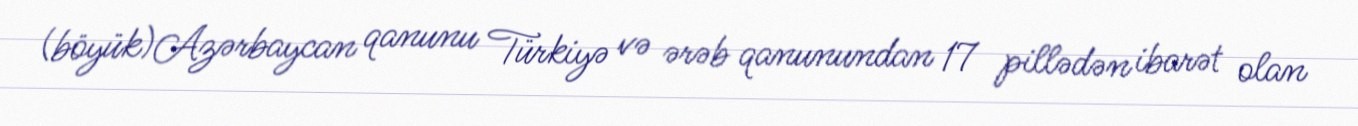
(böyük)Azərbaycan qanunu Türkiyə və ərəb qanunundan 17 pillədən ibarət olan